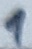
Text: 1